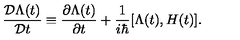
\frac { { \cal D } \Lambda ( t ) } { { \cal D } t } \equiv \frac { \partial \Lambda ( t ) } { \partial t } + \frac { 1 } { i \hbar } [ \Lambda ( t ) , H ( t ) ] .